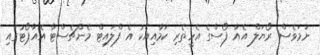
ނަމަވެސް ރޯޔަލް އެއާ ފޯސްގެ އެހީތެރި ކަމާއިއެކު އެ ފްލައިޓް މެންޗެސްޓާ އެއާޕޯޓުގައި